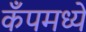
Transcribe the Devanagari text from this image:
कँपमध्ये